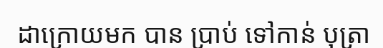
ដាក្រោយមក បាន ប្រាប់ ទៅកាន់ បុត្រា